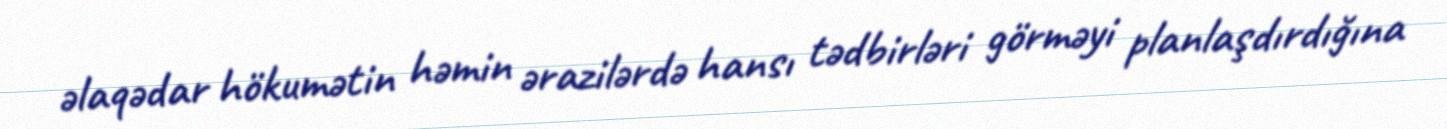
əlaqədar hökumətin həmin ərazilərdə hansı tədbirləri görməyi planlaşdırdığına